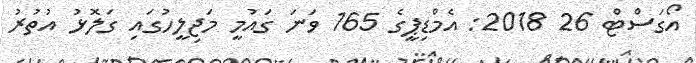
އޯގަސްޓް 26 2018: އެމްޑިޕީގެ 165 ވަނަ ގައުމީ މަޖިލީހުގައި ގަލޮޅު އުތުރު